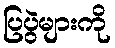
ပြပွဲများကို